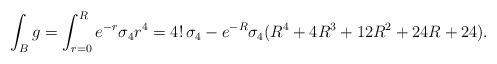
LaTeX: \begin{gather*}\int_{B}g = \int_{r=0}^{R}e^{-r}\sigma_{4}r^{4}=4!\,\sigma_{4}-e^{-R}\sigma_{4}(R^{4}+4R^{3}+12R^{2}+24R+24).\end{gather*}